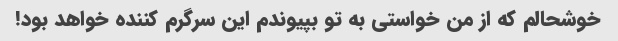
خوشحالم که از من خواستی به تو بپیوندم این سرگرم کننده خواهد بود!